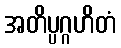
အတိပ္ပဂ္ဂဟိတံ